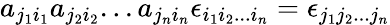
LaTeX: a_{j_{1}i_{1}}a_{j_{2}i_{2}}...a_{j_{n}i_{n}}\epsilon_{i_{1}i_{2}...i_{n}}=\epsilon_{j_{1}j_{2}...j_{n}}